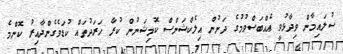
ސުލައިމާން ވިދާޅުވީ އެއްބަސްވުމުގެ ދަށުން އިލެކްޝަންސް ކޮމިޝަނުން ކުރާ ހަރަދުތައް ކުޑަވެގެންދާއިރު ކޮންމެ